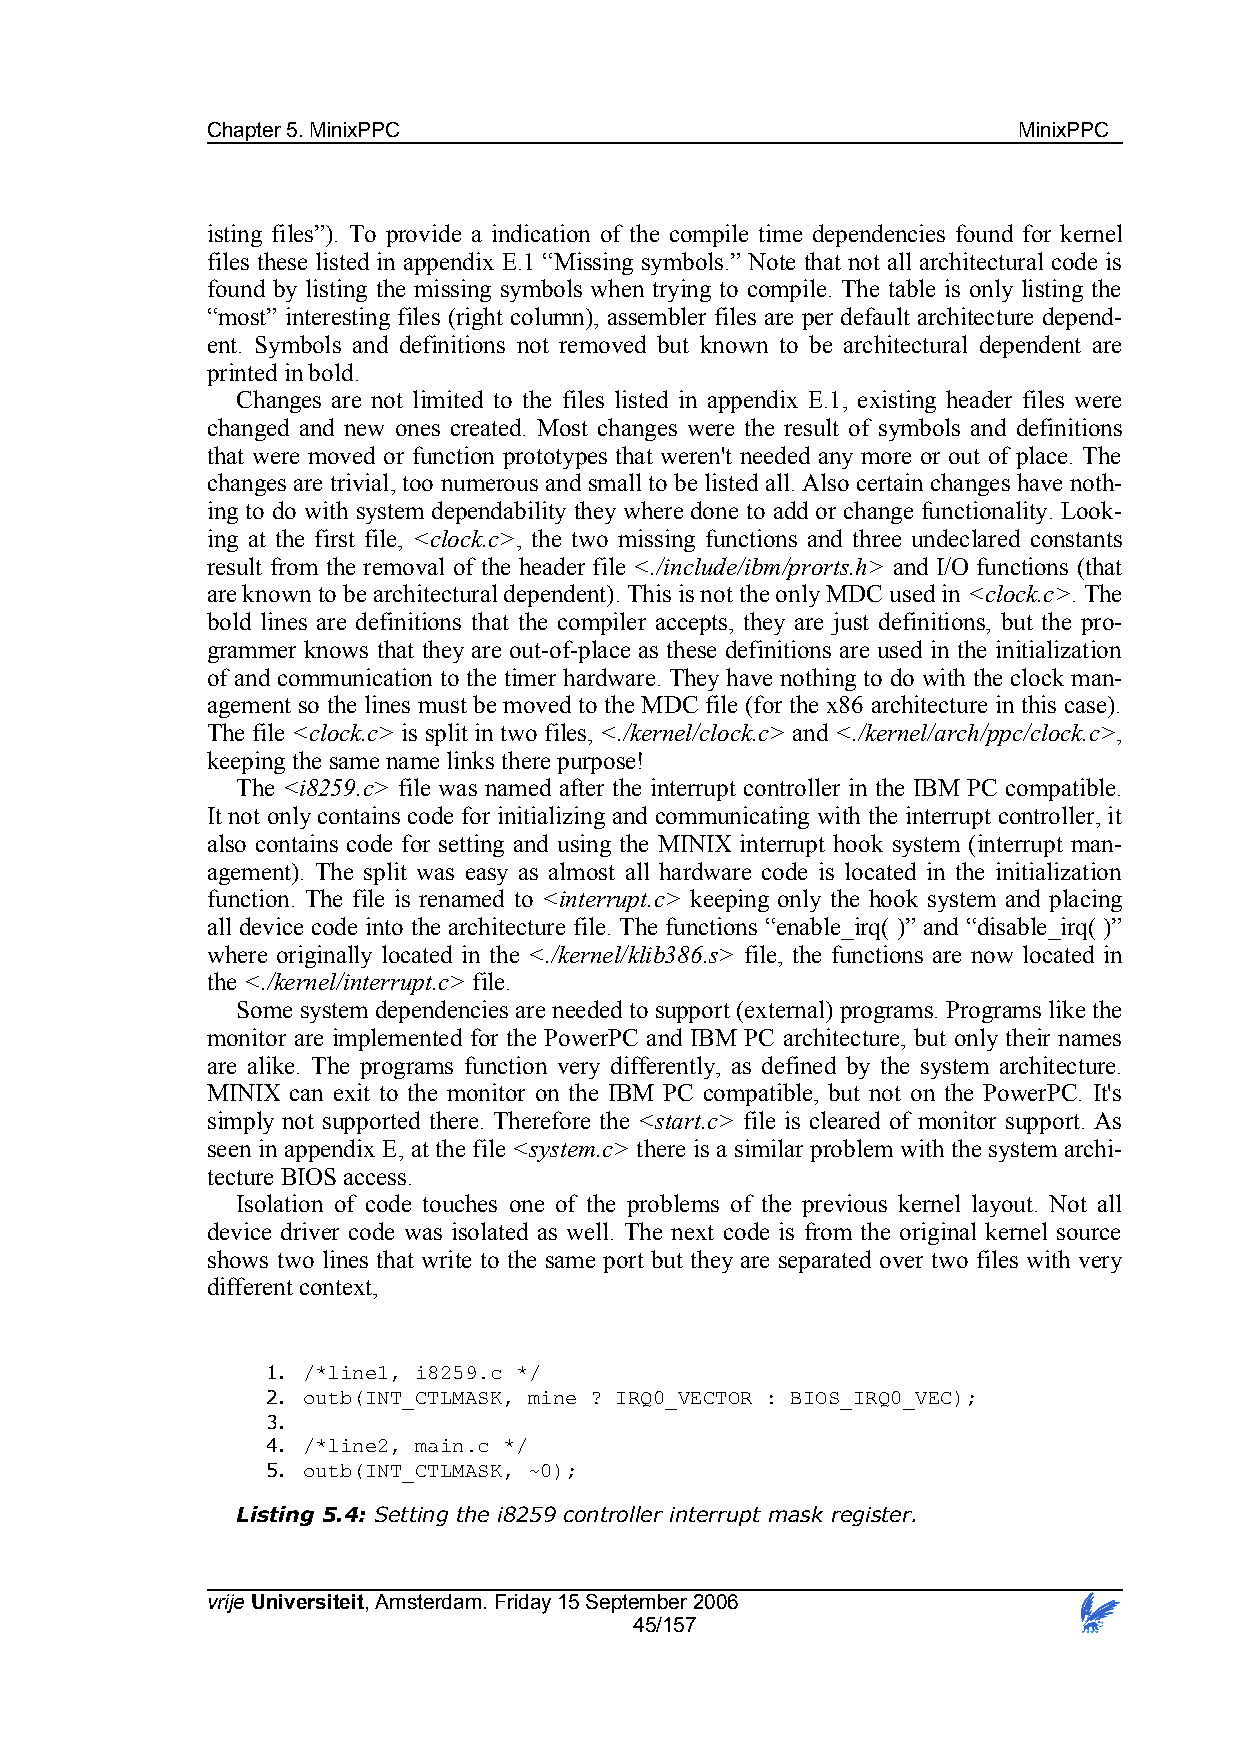
Chapter 5. MinixPPC                                  MinixPPC
 isting files”). To provide a indication of the compile time dependencies found for kernel
 files these listed in appendix E.1 “Missing symbols.” Note that not all architectural code is
 found by listing the missing symbols when trying to compile. The table is only listing the
 “most” interesting files (right column), assembler files are per default architecture depend-
 ent. Symbols and definitions not removed but known to be architectural dependent are
 printed in bold.
 Changes are not limited to the files listed in appendix E.1, existing header files were
 changed and new ones created. Most changes were the result of symbols and definitions
 that were moved or function prototypes that weren't needed any more or out of place. The
 changes are trivial, too numerous and small to be listed all. Also certain changes have noth-
 ing to do with system dependability they where done to add or change functionality. Look-
 ing at the first file, <clock.c>, the two missing functions and three undeclared constants
 result from the removal of the header file <./include/ibm/prorts.h> and I/O functions (that
 are known to be architectural dependent). This is not the only MDC used in <clock.c>. The
 bold lines are definitions that the compiler accepts, they are just definitions, but the pro-
 grammer knows that they are out-of-place as these definitions are used in the initialization
 of and communication to the timer hardware. They have nothing to do with the clock man-
 agement so the lines must be moved to the MDC file (for the x86 architecture in this case).
 The file <clock.c> is split in two files, <./kernel/clock.c> and <./kernel/arch/ppc/clock.c>,
 keeping the same name links there purpose!
 The <i8259.c> file was named after the interrupt controller in the IBM PC compatible.
 It not only contains code for initializing and communicating with the interrupt controller, it
 also contains code for setting and using the MINIX interrupt hook system (interrupt man-
 agement). The split was easy as almost all hardware code is located in the initialization
 function. The file is renamed to <interrupt.c> keeping only the hook system and placing
 all device code into the architecture file. The functions “enable_irq( )” and “disable_irq( )”
 where originally located in the <./kernel/klib386.s> file, the functions are now located in
 the <./kernel/interrupt.c> file.
 Some system dependencies are needed to support (external) programs. Programs like the
 monitor are implemented for the PowerPC and IBM PC architecture, but only their names
 are alike. The programs function very differently, as defined by the system architecture.
 MINIX can exit to the monitor on the IBM PC compatible, but not on the PowerPC. It's
 simply not supported there. Therefore the <start.c> file is cleared of monitor support. As
 seen in appendix E, at the file <system.c> there is a similar problem with the system archi-
 tecture BIOS access.
 Isolation of code touches one of the problems of the previous kernel layout. Not all
 device driver code was isolated as well. The next code is from the original kernel source
 shows two lines that write to the same port but they are separated over two files with very
 different context,
 1. /*line1, i8259.c */
 2. outb(INT_CTLMASK, mine ? IRQ0_VECTOR : BIOS_IRQ0_VEC);
 3.
 4. /*line2, main.c */
 5. outb(INT_CTLMASK, ~0);
 Listing 5.4: Setting the i8259 controller interrupt mask register.
 vrije Universiteit, Amsterdam. Friday 15 September 2006
 45/157